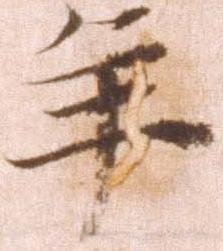
年